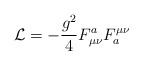
\begin{align*}{\cal L} = -\frac{g^2}{4}F_{\mu\nu}^aF^{\mu\nu}_a\end{align*}